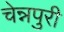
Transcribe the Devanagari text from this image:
चेन्नपुरी